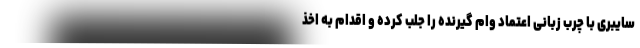
سایبری با چرب زبانی اعتماد وام گیرنده را جلب کرده و اقدام به اخذ